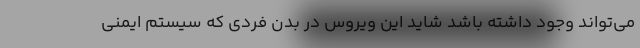
می‌تواند وجود داشته باشد شاید این ویروس در بدن فردی که سیستم ایمنی